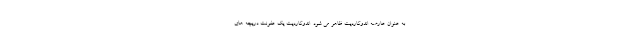
به عنوان عارضه اندوکاردیت ظاهر می شود. اندوکاردیت یک عفونت دریچه های